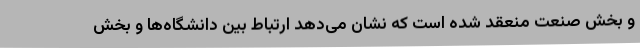
و بخش صنعت منعقد شده است که نشان می‌دهد ارتباط بین دانشگاه‌ها و بخش